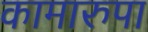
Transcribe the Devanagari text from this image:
कामारुपा